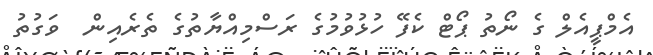
އެމްޕީއެލް ގެ ނޯތު ޕޯޓް ކެފޭ ހުޅުވުމުގެ ރަސްމިއްޔާތުގެ ތެރެއިން  ވަގުތު